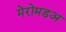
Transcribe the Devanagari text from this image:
मेरोमडअ